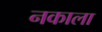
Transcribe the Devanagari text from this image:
नकाला